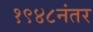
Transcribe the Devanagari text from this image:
१९४८नंतर